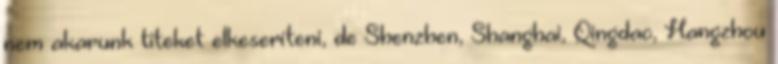
nem akarunk titeket elkeseríteni, de Shenzhen, Shanghai, Qingdao, Hangzhou